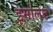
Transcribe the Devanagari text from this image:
इमोलेट